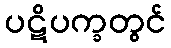
ပဋိပက္ခတွင်